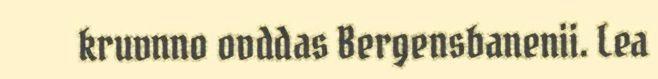
kruvnno ovddas Bergensbanenii. Lea